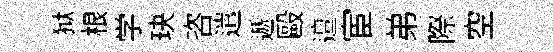
狱根学玦咨遣遞毆邅宦弟際空